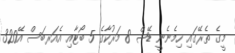
މީގެ ތެރޭގައި ހިމެނެނީ ޑޭޝް 8 މަރުކާގެ 5 ބޯޓާއި އެއަރބަސް އޭ320